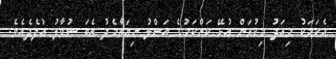
އެކަމަކު މިއަދު މިކުރަން އުޅޭ ކަންކަމުގެ އަސްލު ނިޔަތާމެދު އެބަ ސުވާލު އުފެދެއެވެ.